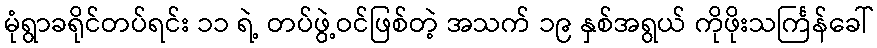
မုံရွာခရိုင်တပ်ရင်း ၁၁ ရဲ့ တပ်ဖွဲ့ဝင်ဖြစ်တဲ့ အသက် ၁၉ နှစ်အရွယ် ကိုဖိုးသင်္ကြန်ခေါ်